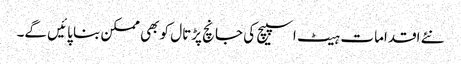
نئے اقدامات ہیٹ اسپیچ کی جانچ پڑتال کو بھی ممکن بنا پائیں گے۔